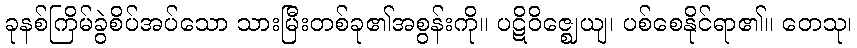
ခုနစ်ကြိမ်ခွဲစိပ်အပ်သော သားမြီးတစ်ခု၏အစွန်းကို။ ပဋိဝိဇ္ဈေယျ၊ ပစ်စေနိုင်ရာ၏။ တေသု၊